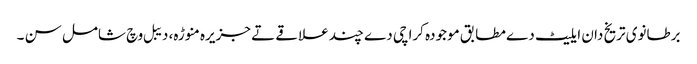
برطانوی تریخ دان ایلیٹ دے مطابق موجودہ کراچی دے چند علاقے تے جزیرہ منوڑہ، دیبل وچ شامل سن ۔